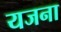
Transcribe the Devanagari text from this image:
यजना